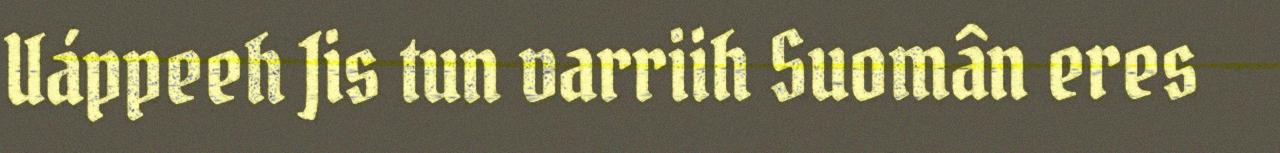
Uáppeeh Jis tun varriih Suomân eres